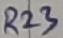
Text: R23